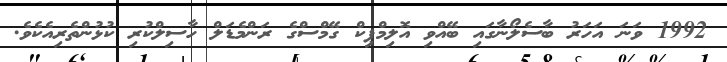
1992 ވަނަ އަހަރު ބާސެލޯނާގައި ބޭއްވި އޮލިމްޕިކް ގޭމްސްގެ ރަންމެޑަލް ހާސިލްކުރި ކުޅުންތެރިއެކެވެ.